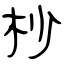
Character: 杪